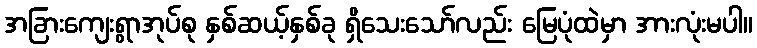
အခြားကျေးရွာအုပ်စု နှစ်ဆယ့်နှစ်ခု ရှိသေးသော်လည်း မြေပုံထဲမှာ အားလုံးမပါ။